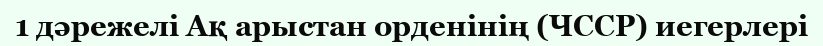
1 дәрежелі Ақ арыстан орденінің (ЧССР) иегерлері